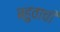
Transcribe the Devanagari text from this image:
बहुवाची